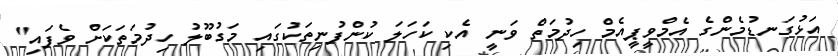
އަޅުގަނޑުމެންގެ އެމްވީޕީއެމް ހިދުމަތް ވަނީ އެކި ކަހަލަ ކުންފުނިތަކުގައި މަގުބޫލު ހިދުމަތަކަށް ވެފައި"